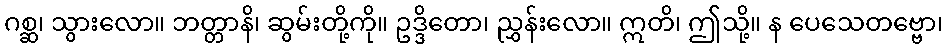
ဂစ္ဆ၊ သွားလော။ ဘတ္တာနိ၊ ဆွမ်းတို့ကို။ ဥဒ္ဒိတော၊ ညွှန်းလော။ ဣတိ၊ ဤသို့။ န ပေသေတဗ္ဗော၊